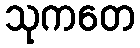
သုကတေ